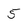
Character: 5